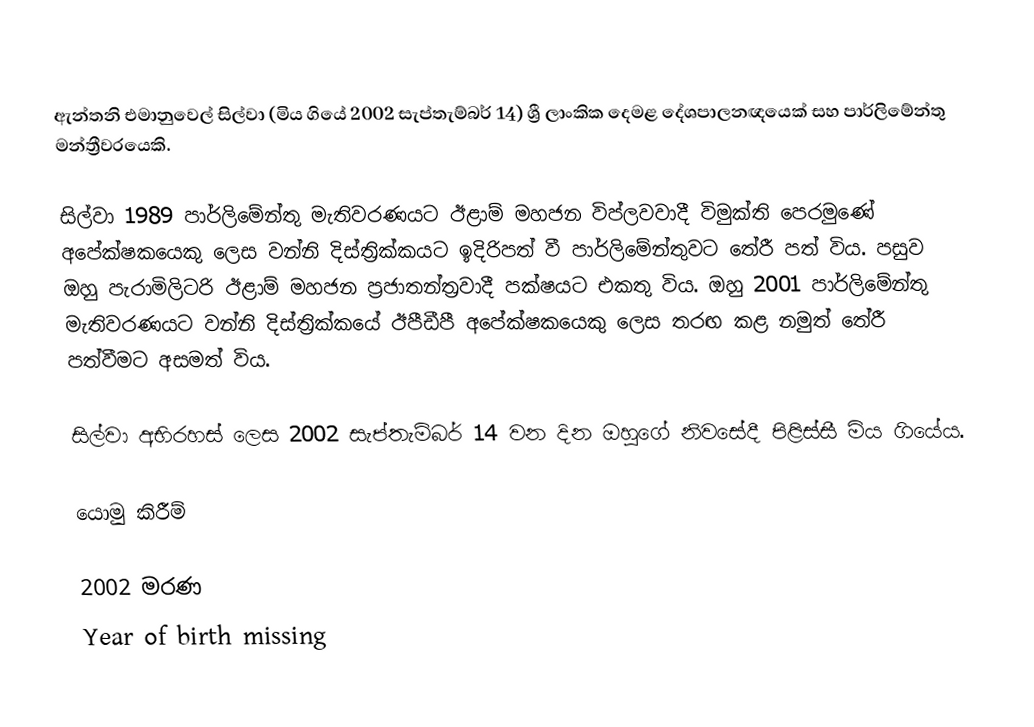
ඇන්තනි එමානුවෙල් සිල්වා (මිය ගියේ 2002 සැප්තැම්බර් 14) ශ්‍රී ලාංකික දෙමළ දේශපාලනඥයෙක් සහ පාර්ලිමේන්තු මන්ත්‍රීවරයෙකි.

සිල්වා 1989 පාර්ලිමේන්තු මැතිවරණයට ඊළාම් මහජන විප්ලවවාදී විමුක්ති පෙරමුණේ අපේක්ෂකයෙකු ලෙස වන්නි දිස්ත්‍රික්කයට ඉදිරිපත් වී පාර්ලිමේන්තුවට තේරී පත් විය. පසුව ඔහු පැරාමිලිටරි ඊළාම් මහජන ප්‍රජාතන්ත්‍රවාදී පක්ෂයට එකතු විය. ඔහු 2001 පාර්ලිමේන්තු මැතිවරණයට වන්නි දිස්ත්‍රික්කයේ ඊපීඩීපී අපේක්ෂකයෙකු ලෙස තරඟ කළ නමුත් තේරී පත්වීමට අසමත් විය.

සිල්වා අභිරහස් ලෙස 2002 සැප්තැම්බර් 14 වන දින ඔහුගේ නිවසේදී පිළිස්සී මිය ගියේය.

යොමු කිරීම්

2002 මරණ
Year of birth missing